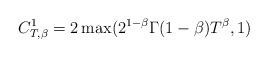
LaTeX: \begin{align*}C^1_{T,\beta} = 2 \max(2^{1-\beta}\Gamma(1-\beta)T^{\beta},1)\end{align*}